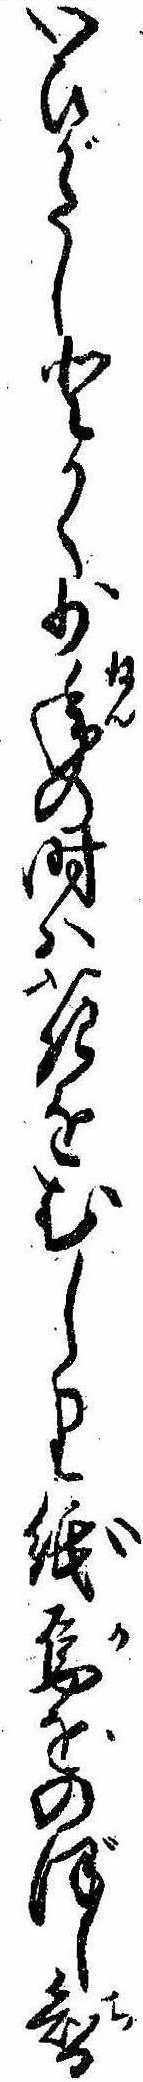
いひがたしとかく少年の時は花をむしり紙烏をのぼし智